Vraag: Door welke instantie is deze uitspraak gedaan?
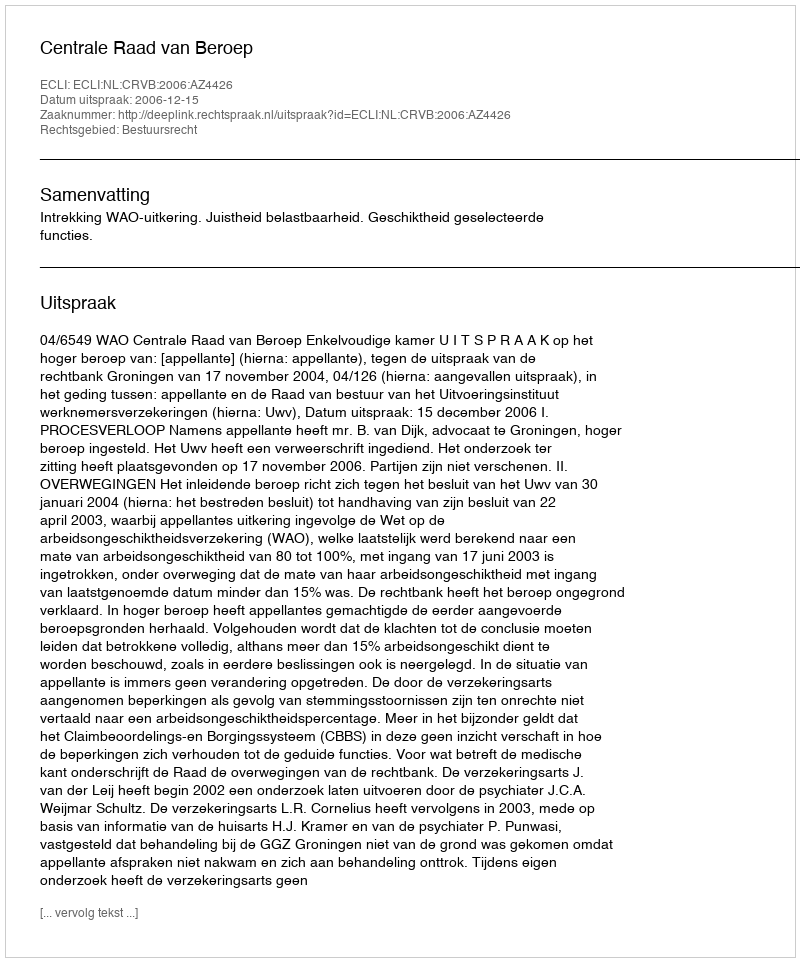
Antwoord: Centrale Raad van Beroep